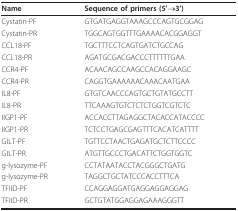
<table><thead><tr><td><b>Name</b></td><td><b>Sequence of primers (5&#x27;→3&#x27;)</b></td></tr></thead><tbody><tr><td>Cystatin-PF</td><td>GTGATGAGGTAAAGCCCAGTGCGGAG</td></tr><tr><td>Cystatin-PR</td><td>TGGCAGTGGTTTGAAAACACGGAGGT</td></tr><tr><td>CCL18-PF</td><td>TGCTTTCCTCAGTGATCTGCCAG</td></tr><tr><td>CCL18-PR</td><td>AGATGCGACGACCCTTTTTTGAA</td></tr><tr><td>CCR4-PF</td><td>ACAACAGCCAAGCCACAGGAAGC</td></tr><tr><td>CCR4-PR</td><td>CAGGTGAAAAAACAAACAATGAA</td></tr><tr><td>IL8-PF</td><td>GTGTCAACCCAGTGCTGTATGCCTT</td></tr><tr><td>IL8-PR</td><td>TTCAAAGTGTCTCTCTGGTCGTCTC</td></tr><tr><td>IIGP1-PF</td><td>ACCACCTTAGAGGCTACACCATACCCC</td></tr><tr><td>IIGP1-PR</td><td>TCTCCTGAGCGAGTTTCACATCATTTT</td></tr><tr><td>GILT-PF</td><td>TGTTCCTAACTGAGATGCTCTTCCCC</td></tr><tr><td>GILT-PR</td><td>ATGTTGCCCTGACATTCTGGTGGTC</td></tr><tr><td>g-lysozyme-PF</td><td>CCTATAATACCTACGGGCTGATG</td></tr><tr><td>g-lysozyme-PR</td><td>TAGGCTGCTATCCCACCTTTCA</td></tr><tr><td>TFIID-PF</td><td>CCAGGAGGATGAGGAGGAGGAG</td></tr><tr><td>TFIID-PR</td><td>GCTGTATGGAGGAGAAAGGGTT</td></tr></tbody></table>